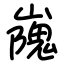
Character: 㠕